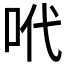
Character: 𠰺